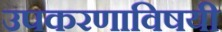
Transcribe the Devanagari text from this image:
उपकरणाविषयी